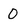
Character: 0